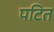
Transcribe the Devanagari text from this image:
पटित